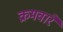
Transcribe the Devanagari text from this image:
क्रमवारे